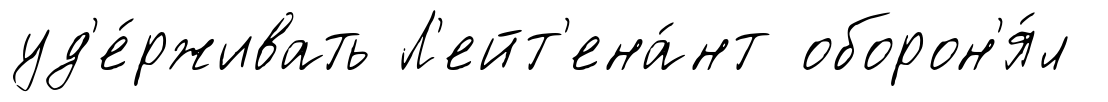
уд'е́рживать Л'ейт'ена́нт оборон'я́л